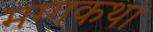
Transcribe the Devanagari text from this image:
मग्गकथा